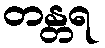
တန္တရ